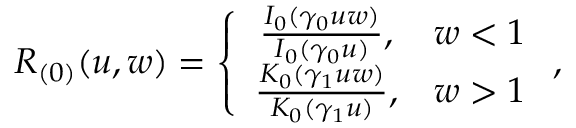
R _ { ( 0 ) } ( u , w ) = \left\{ \begin{array} { c c } { \frac { I _ { 0 } ( \gamma _ { 0 } u w ) } { I _ { 0 } ( \gamma _ { 0 } u ) } , } & { w < 1 } \\ { \frac { K _ { 0 } ( \gamma _ { 1 } u w ) } { K _ { 0 } ( \gamma _ { 1 } u ) } , } & { w > 1 } \end{array} \right. ,